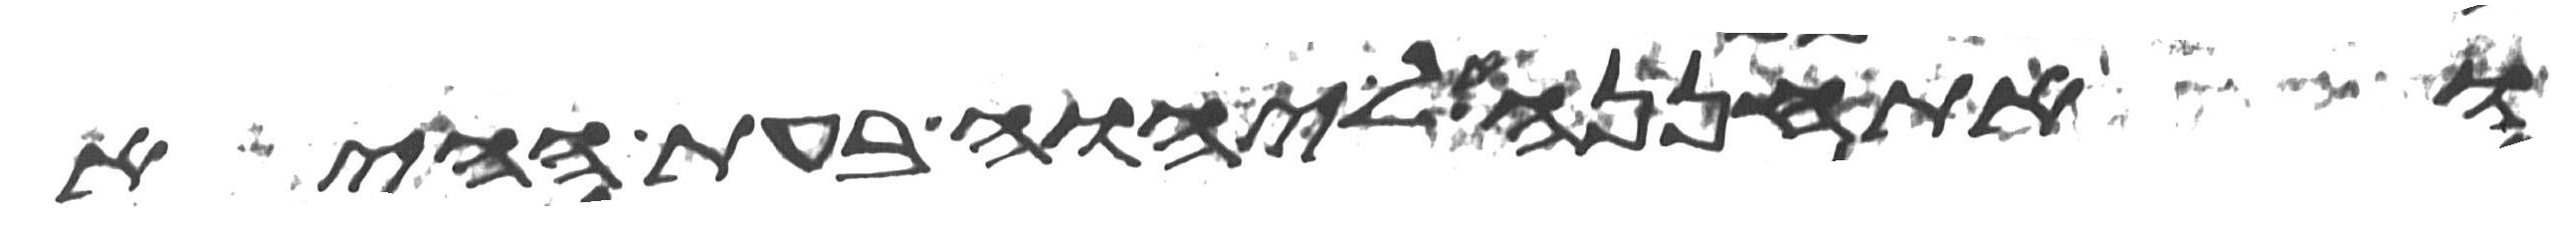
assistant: ואתחננה אל יהוה בעת ההיא